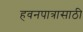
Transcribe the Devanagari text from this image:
हवनपात्रासाठी